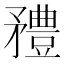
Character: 𥎓